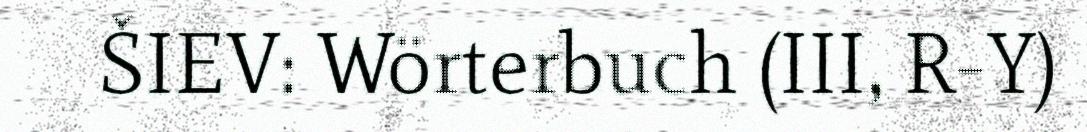
ŠIEV: Wörterbuch (III, R-Y)